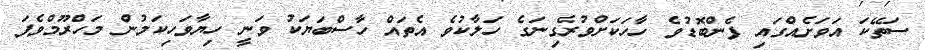
ސަތޭކަ އަވަށެއްގައި ފެންބޮޑުވެ ހާހަކަށްވުރެގިނަގެ ހަލާކުވެ އެތައް ހާސްބަޔަކު ވަނީ ހިޔާވަހިކަމުން މަހްރޫމްވެފަ